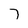
Character: 7